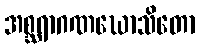
အစ္ဆရာဂဏဃောသိတော